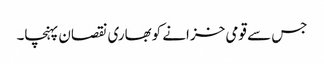
جس سے قومی خزانے کوبھاری نقصان پہنچا۔